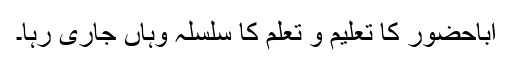
اباحضور کا تعلیم و تعلم کا سلسلہ وہاں جاری رہا۔